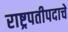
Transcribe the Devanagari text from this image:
राष्ट्रपतीपदाचे